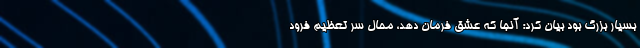
بسیار بزرگ بود بیان کرد: آنجا که عشق فرمان دهد، محال سر تعظیم فرود